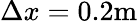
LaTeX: \Delta x=0.2\textrm{m}